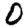
Digit: 0